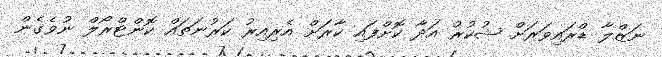
ނަޒްލާ ޑްރައިވަރަށް ޝުކުރު އަދާ ކޮށްފައި ކާރަށް އެރިއިރު ކަރުނަތައް ކޮންޓްރޯލް ނުވެގެން